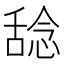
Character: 𫫞